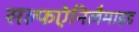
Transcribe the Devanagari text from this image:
सल्फऐनिलैमाइड